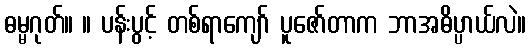
ဓမ္မဂုတ်။ ။ ပန်းပွင့် တစ်ရာကျော် ပူဇော်တာက ဘာအဓိပ္ပာယ်လဲ။